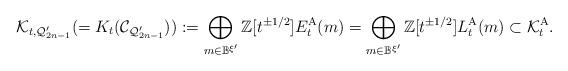
LaTeX: \begin{align*}\mathcal{K}_{t, \mathcal{Q}'_{2n-1}}(=K_t(\mathcal{C}_{\mathcal{Q}'_{2n-1}})):=\bigoplus_{m\in \mathbb{B}^{\xi'}}\mathbb{Z}[t^{\pm 1/2}]E_t^{\mathrm{A}}(m)=\bigoplus_{m\in \mathbb{B}^{\xi'}}\mathbb{Z}[t^{\pm 1/2}]L_t^{\mathrm{A}}(m)\subset \mathcal{K}^{\mathrm{A}}_t. \end{align*}